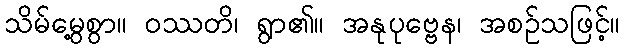
သိမ်မွေ့စွာ။ ဝဿတိ၊ ရွာ၏။ အနုပုဗ္ဗေန၊ အစဉ်သဖြင့်။